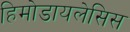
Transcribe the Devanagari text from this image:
हिमोडायलेसिस